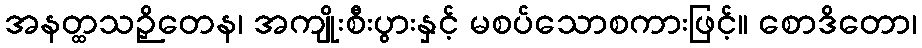
အနတ္ထသဉှိတေန၊ အကျိုးစီးပွားနှင့် မစပ်သောစကားဖြင့်။ စောဒိတော၊